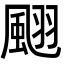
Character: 𩗍